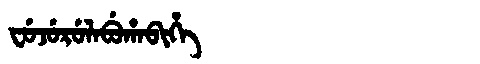
Manchu: ᠸᡠᠵᡠᡵᡠᠯᠠᠪᡠᡥᠠᠪᡳᡥᡝ
Romanization: FUJURULABUHABIHE